Civil Veterinary Dept. North-West Frontier Province 1933-46 - 1933-1946
Year: 1933
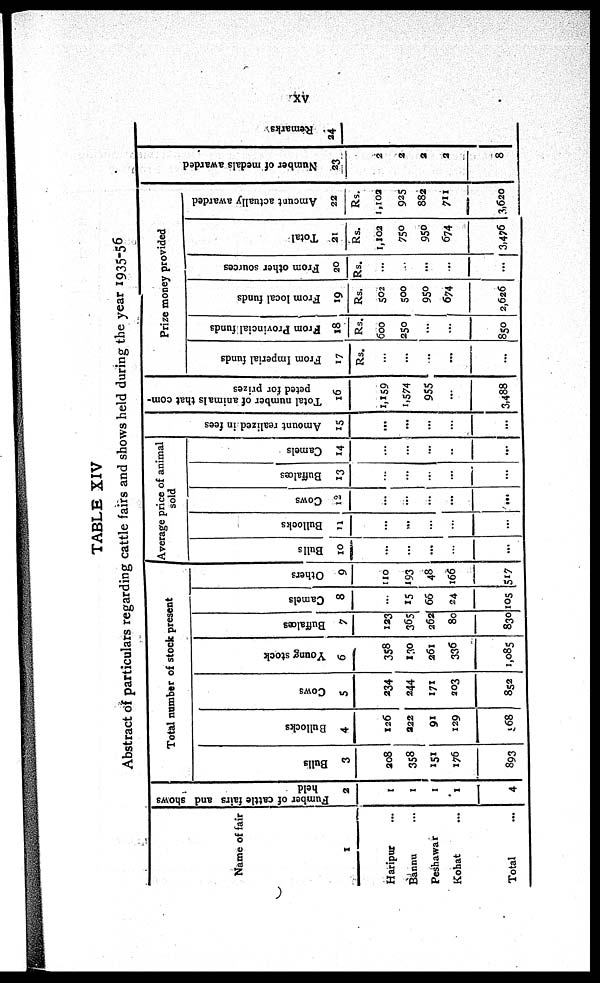
XV
TABLE XIV
Abstract of particulars regarding cattle fairs and shows held during the year 1935-56
Name of fair
1
Haripur ...
Bannu ...
Peshawar ...
Kohat ...
Total ...
Fumber of cattle fairs and shows
held
2
1
1
1
1
4
Total number of stock present
Bulls
3
208
358
151
176
893
Bullocks
4
126
222
91
129
568
Cows
5
234
244
171
203
852
Young stock
6
358
130
261
336
1,085
Buffalœs
7
123
365
262
80
830
Camels
8
...
15
66
24
105
Others
9
110
193
48
166
517
Average price of animal
sold
Bulls
10
...
...
...
...
...
Bullocks
11
...
...
...
...
...
Cows
12
...
...
...
...
...
Buffaloes
13
...
...
...
...
...
Camels
14
...
...
...
...
...
Amo u n t r e a l i z e d in fees
15
...
...
...
...
...
Total number of animals that com-
peted for prizes
16
1,159
1,574
955
...
3,488
Prize money provided
From Imperial funds
17
Rs.
...
...
...
...
...
Prom Provincial funds
18
Rs.
600
250
...
...
850
From local funds
19
Rs.
502
500
950
674
2,626
From other sources
20
Rs.
...
...
...
...
...
Total
21
Rs.
1,102
750
950
674
3,476
Amount
actually awarded
22
Rs.
1,102
925
882
711
3,620
Nu mb e r of medals awarded
23
2
2
2
2
8
Re ma r
ks
24